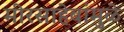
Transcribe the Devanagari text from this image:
मीरसाहेबांमुळे